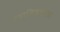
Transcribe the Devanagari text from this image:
सदाशिवभाऊ